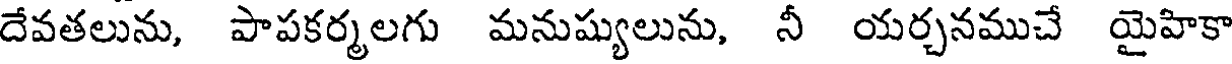
దేవతలును, పాపకర్మలగు మనుష్యులును, నీ యర్చనముచే యైహికా